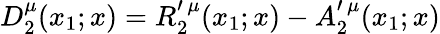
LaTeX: D_{2}^{\mu}(x_{1};x)=R_{2}^{\prime\, \mu}(x_{1};x)-A_{2}^{\prime\, \mu}(x_{1};x)